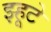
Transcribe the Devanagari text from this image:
झ्हूटे